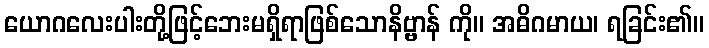
ယောဂလေးပါးတို့ဖြင့်ဘေးမရှိရာဖြစ်သောနိဗ္ဗာန် ကို။ အဓိဂမာယ၊ ရခြင်း၏။